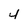
Character: 4